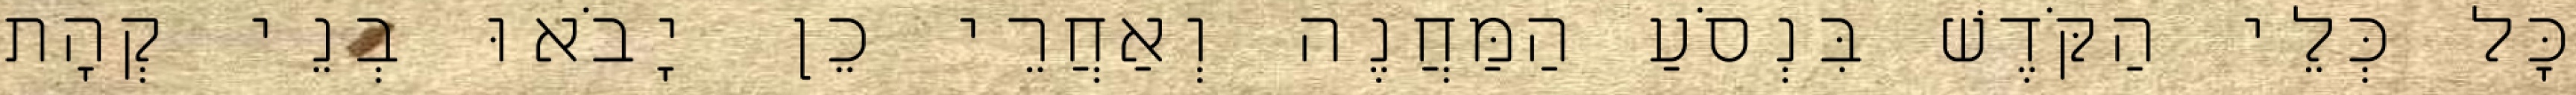
כָּל כְּלֵי הַקֹּדֶשׁ בִּנְסֹעַ הַמַּחֲנֶה וְאַחֲרֵי כֵן יָבֹאוּ בְנֵי קְהָת